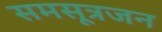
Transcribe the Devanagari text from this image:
समसूत्रजन